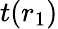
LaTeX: t(r_{1})